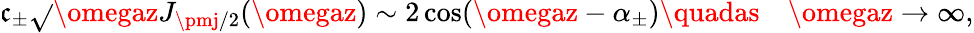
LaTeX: \mathfrak{c}_{\pm}\sqrt{}{{\omegaz}}J_{\pmj/2}(\omegaz)\sim2\cos(\omegaz-\alpha_{\pm})\textrm{{\quadas\quad}}\omegaz\to\infty,